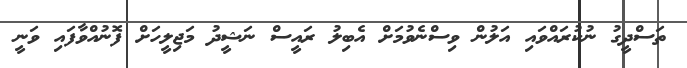
ތަސްދީގު ނުކުރައްވައި އަލުން ވިސްނެވުމަށް އެބިލު ރައީސް ނަޝީދު މަޖިލީހަށް ފޮނުއްވާފައި ވަނީ